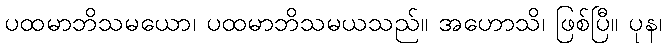
ပထမာဘိသမယော၊ ပထမာဘိသမယသည်။ အဟောသိ၊ ဖြစ်ပြီ။ ပုန၊